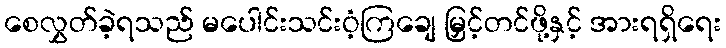
စေလွှတ်ခဲ့ရသည် မပေါင်းသင်းဝံ့ကြချေ မြှင့်တင်ဖို့နှင့် အားရရှိရေး